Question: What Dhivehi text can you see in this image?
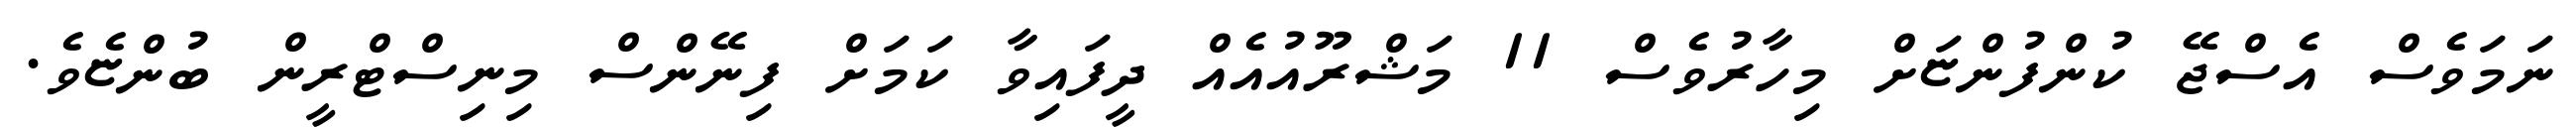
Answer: ނަމަވެސް އެސްޖޭ ކުންފުންޏަށް މިހާރުވެސް 11 މަޝްރޫއުއެއް ދީފައިވާ ކަމަށް ފިނޭންސް މިނިސްޓްރީން ބުންޏެވެ.